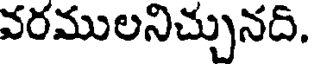
వరములనిచ్చునది.